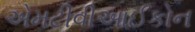
એમટીવીઆઈકોન